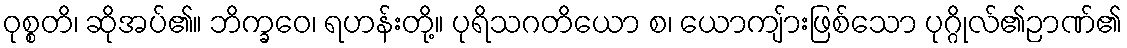
ဝုစ္စတိ၊ ဆိုအပ်၏။ ဘိက္ခဝေ၊ ရဟန်းတို့။ ပုရိသဂတိယော စ၊ ယောကျ်ားဖြစ်သော ပုဂ္ဂိုလ်၏ဉာဏ်၏